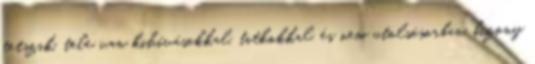
tetszik, tele van kihívásokkal, titkokkal, és nem utolsósorban, bizony